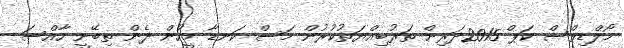
މޯލްޑިވްސް ކަޕް 2015ދަރިން ތަރުބިއްޔަތުކުރުން މަސް ކަނޑާ މީހުން ދެން ތިބޭނީ ހާއްސަ